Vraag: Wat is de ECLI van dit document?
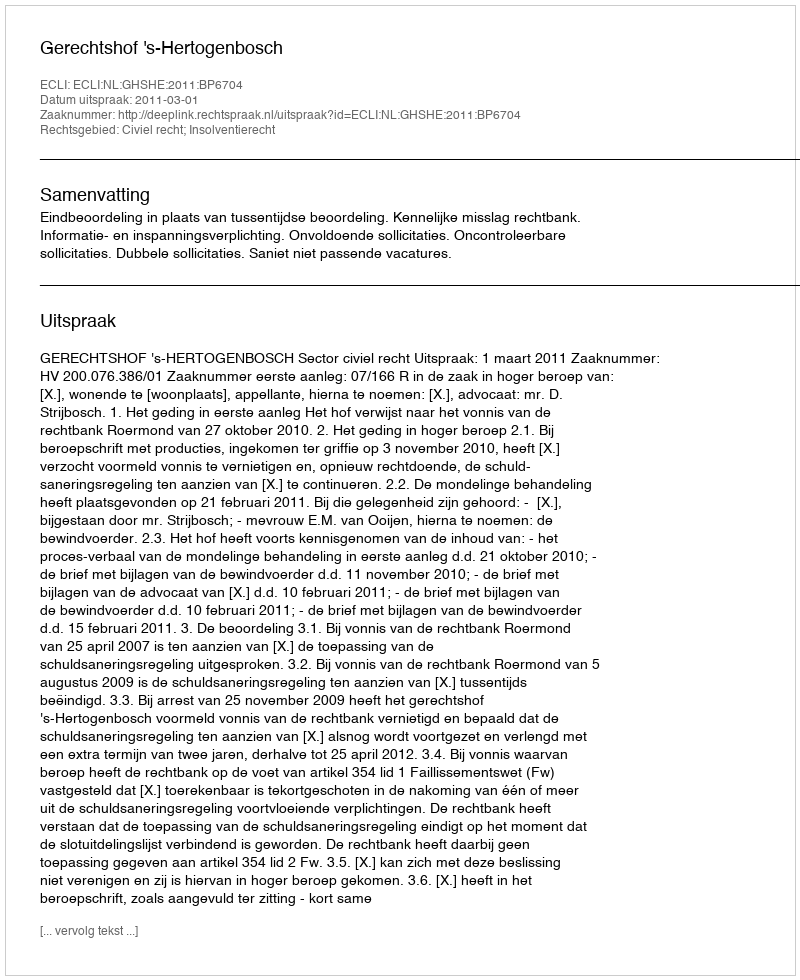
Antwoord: ECLI:NL:GHSHE:2011:BP6704